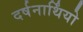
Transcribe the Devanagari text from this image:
दर्षनार्थिंयो